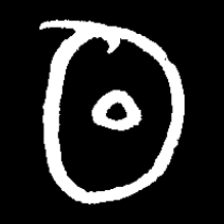
Pyu character \u2014 Myanmar letter: ထ (romanized: tha)